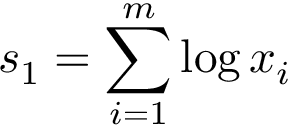
s _ { 1 } = \sum _ { i = 1 } ^ { m } \log x _ { i }